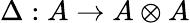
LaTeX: \Delta:A\rightarrow A\otimes A